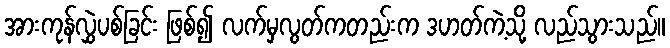
အားကုန်လွှဲပစ်ခြင်း ဖြစ်၍ လက်မှလွတ်ကတည်းက ဒဟတ်ကဲ့သို့ လည်သွားသည်။